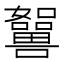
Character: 𡄲